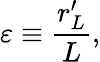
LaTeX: \varepsilon\equiv\frac{r_{L}^{\prime}}{L},